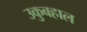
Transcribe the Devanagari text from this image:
उकुबहाल